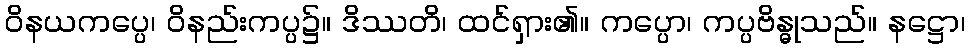
ဝိနယကပ္ပေ၊ ဝိနည်းကပ္ပ၌။ ဒိဿတိ၊ ထင်ရှား၏။ ကပ္ပော၊ ကပ္ပဗိန္ဓုသည်။ နဋ္ဌော၊